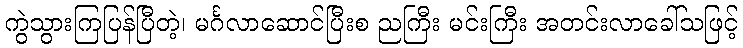
ကွဲသွားကြပြန်ပြီတဲ့၊ မင်္ဂလာဆောင်ပြီးစ ညကြီး မင်းကြီး အတင်းလာခေါ်သဖြင့်